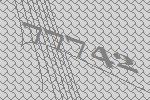
77742